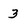
Character: 3